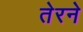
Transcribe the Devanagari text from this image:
तेरने